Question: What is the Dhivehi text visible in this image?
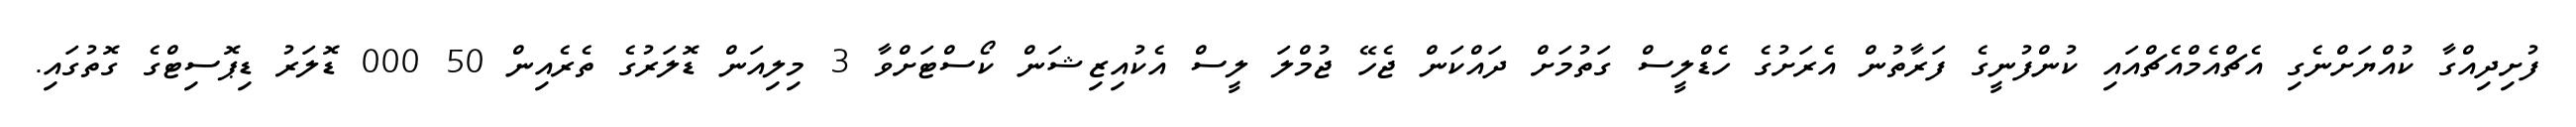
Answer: ފުށިދިއްގާ ކުއްޔަށްނެގި އެޗްއެމްއެޗްއައި ކުންފުނީގެ ފަރާތުން އެރަށުގެ ހެޑްލީސް ގަތުމަށް ދައްކަން ޖެހޭ ޖުމްލަ ލީސް އެކުއިޒިޝަން ކޯސްޓަށްވާ 3 މިލިއަން ޑޮލަރުގެ ތެރެއިން 50 000 ޑޮލަރު ޑިޕޮސިޓްގެ ގޮތުގައި.